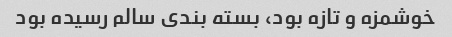
خوشمزه و تازه بود، بسته بندی سالم رسیده بود